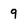
Character: 9